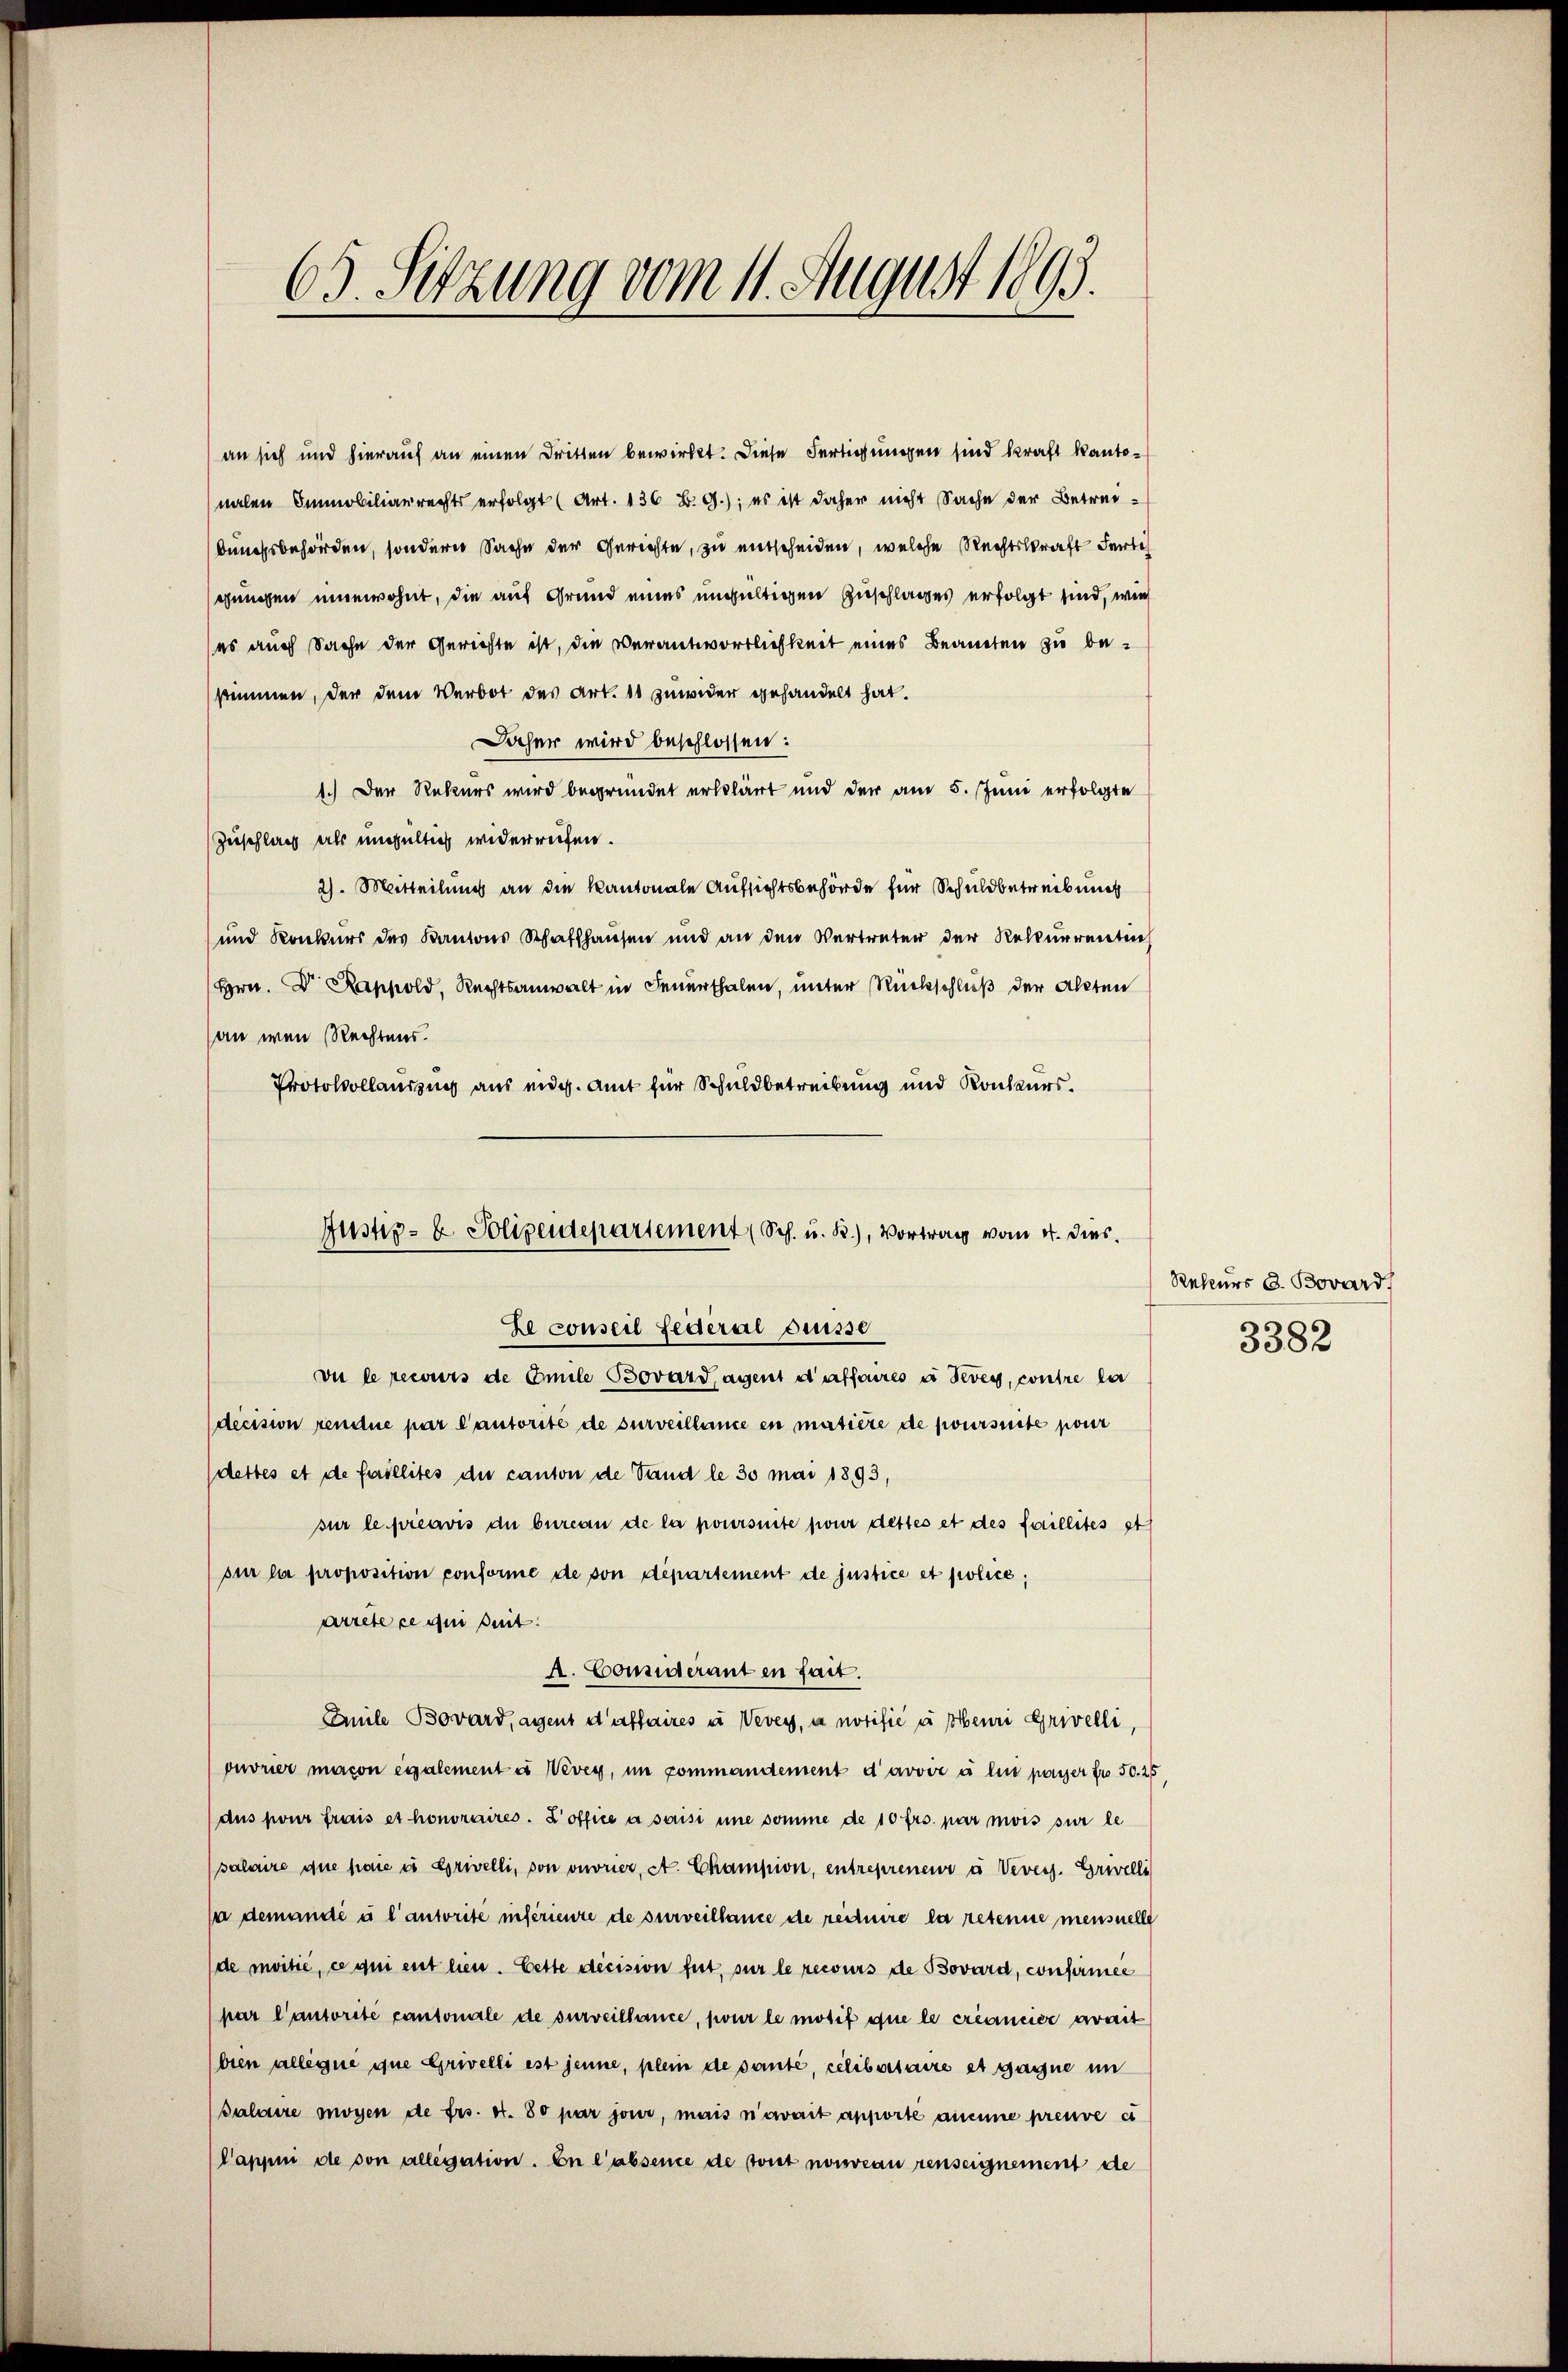
63. Sitzung vom 11. August 1893.

an sich und hierauf an einen Dritten bewirkt. Diese Fertigungen sind kraft kantonalen Immobiliarrechts erfolgt (Art. 136 B. G.); es ist daher nicht Sache der Betreibunchsbehörden, sondern Sache der Gerichte, zu entscheiden, welche Rechtskraft Fert
gungen innewohnt, die auf Grund eines ungültigen Zuschlages erfolgt sind, wie
es auch Sache der Gerichte ist, die Verantwortlichkeit eines Beamten zu bestimmen, der dem Verbot des Art. 10 zuwider gehandelt hat.
Daher wird beschlossen:
1.) Der Rekurs wird begründet erklärt und der am 5. Juni erfolgte
Zuschlag als ungültig widerreifen.
2). Mitteilung an die Kantonale Aufsichtsbehörde für Schuldbetreibung
und Konkurs des Kantons Schaffhausen und an den Vertreter der Rekurrenten
Hrn. Dr. Rappold, Rechtsanwalt in Feuerthalen, unter Rückschluß der Akten
an wen Rechtens.
Protokollaussung aus eidg. Amt für Schuldbetreibung und Konkurs¬

Justiz- & Polizeidepartement (Sch. u. R.), Vortrag vom 4. Dies
Le conseil Federal desse

vu le recurs de Emile Bovard agent d’affaires à deves, contre la
decision rendue par Cantorite de surveillance en matière de poursuite pour
(dettes et de faillites die canton de Sand le 30 mai 1895,
sur le préavis du bureau de la poursuite pour dettes et des faillites st
si la proposition conforme de von département de justice et police,
arrete ce qui suit.
A. Considerant en fait.
Emile Bovard, agent d’affaires u Vevey, a notifie u beni Grivelli,
ouvrier macon également à Vevey, im commandement d’avoir à lui payer fr 50. 25
dus pour frais et honoraires. Zoffice à saisi une somme de 10 frs. par mois sur le
salaire due paie es Grivelli, von ouvrier, St. Champion, entrepreneur à Vevers. Grivelli
sa demandé à l’autorite inférieure de surveillance de reduire la retenne mensnelle
(de moitié, ce qui enthen. Cette decision fut, sur le recours de Bovard, confirmee
par l’autorité cantonale de surveillance, pour le motif que le créancier avait
bien alleine ihne Grivelli est jene, plein de sauté, celibertaire et gagne im
Palaire moyen de frs. 4. 80 par jour, mais n’avait apporte aucune preuve es
Pappni de von allegation. En l'absence de tout nouveau renseignement de

Rekurs d. Bovard/
3382